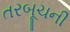
તરબૂચની